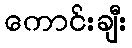
ကောင်းချီး